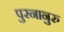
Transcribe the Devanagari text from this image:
पुरनानुरु